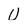
Character: U